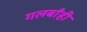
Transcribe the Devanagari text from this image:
गलबाँही